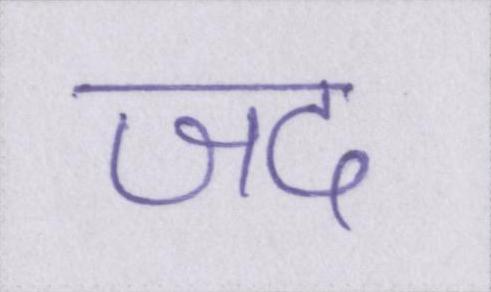
जद